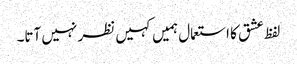
لفظ عشق کا استعمال ہمیں کہیں نظر نہیں آتا۔